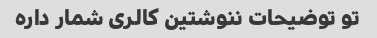
تو توضیحات ننوشتین کالری شمار داره